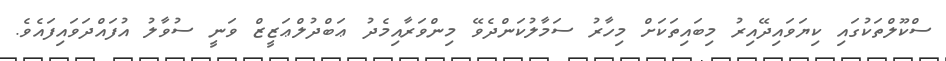
ސްކޫލްތަކުގައި ކިޔަވައިދޭއިރު މިބައިތަކަށް މިހާރު ސަމާލުކަންދެވޭ މިންވަރާއިމެދު ޢަބްދުލްޢަޒީޒް ވަނީ ސުވާލު އުފައްދަވައިފައެވެ.